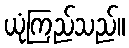
ယုံကြည်သည်။